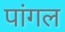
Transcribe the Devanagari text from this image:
पांगल